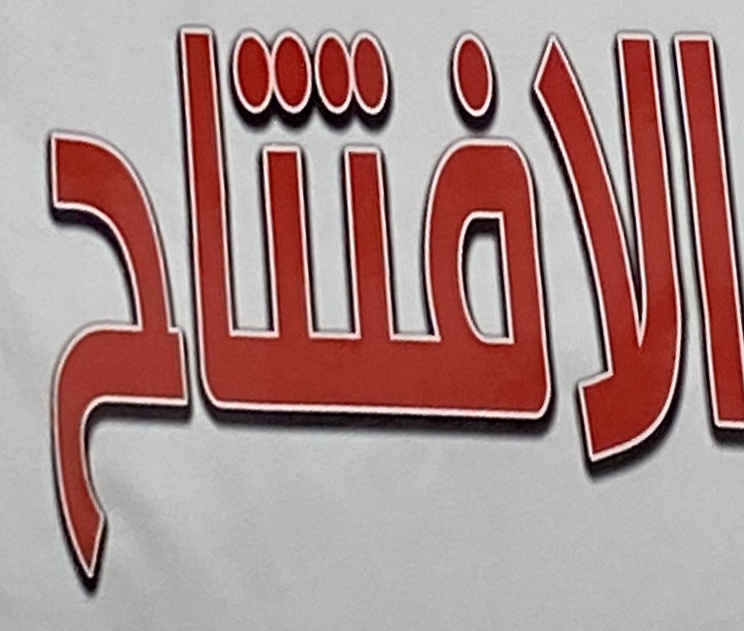
الافتتاح